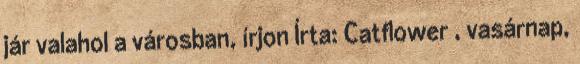
jár valahol a városban, írjon Írta: Catflower , vasárnap,